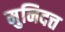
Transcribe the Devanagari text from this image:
मुनिदत्त